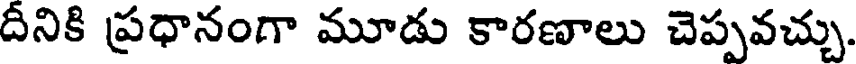
దీనికి ప్రధానంగా మూడు కారణాలు చెప్పవచ్చు.